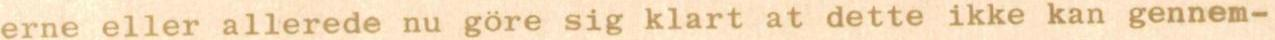
erne eller allerede nu göre sig klart at dette ikke kan gennem-